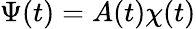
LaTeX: \Psi(t)=A(t)\chi(t)